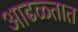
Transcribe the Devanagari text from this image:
आढळ्तात